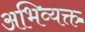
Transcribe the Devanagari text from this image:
अभिव्‍यक्त